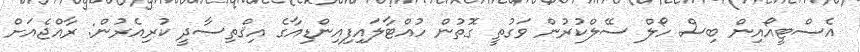
އެސްޓީއޯއިން ބިސް ހޯލް ސޭލްކުރުން ވަގުތީ ގޮތުން ހުއްޓާލައިފިއިންޑިއާގެ އިޤްތިސާދީ ކުރިއެރުން: ރާއްޖެއަށް